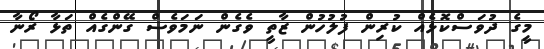
މީގެ ދުވަސްކޮޅެއް ކުރިން ފުލުހުން ޒާތީ ވެގެން ނަމަވެސް ގޭންގެއް ތަޅާ ރޯނާ